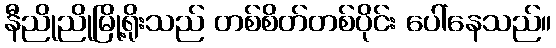
နီညိုညိုမြို့ရိုးသည် တစ်စိတ်တစ်ပိုင်း ပေါ်နေသည်။